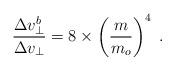
LaTeX: \begin{align*}{\Delta v_\bot^b\over \Delta v_\bot}=8\times \left({m\over m_o}\right)^4\; .\end{align*}